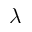
\lambda